Reports on dispensaries and lunatic asylums in the Province of Oudh - 1869-1876
Year: 1869
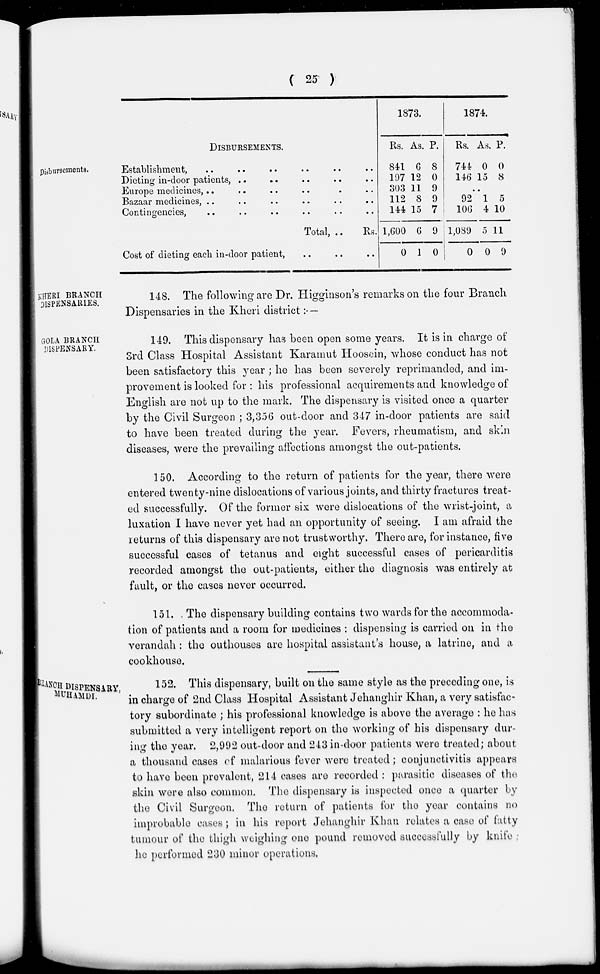
( 25 )
Disbursements.
DISBURSEMENTS.
Establishment, .. .. .. .. .. ..
Dieting in-door patients, .. .. .. .. ..
Europe medicines, .. .. .. .. .. ..
Bazaar medicines, .. .. .. .. .. ..
Contingencies, .. .. .. .. .. ..
Total, ..
Rs.
Cost of dieting each in-door patient, .. .. ..
1873.
Rs.
841
197
303
112
144
1,600
0
As.
6
12
11
8
15
6
1
P.
8
0
9
9
7
9
0
1874.
Rs.
744
146
As.
0
15
P.
0
8
..
92
106
1,089
0
1
4
5
0
0
10
11
9
KHERI BRANCH
DISPENSARIES.
148. The following are Dr. Higginson's remarks on the four Branch
Dispensaries in the Kheri district:—
GOLA BRANCH
DISPENSARY.
149. This dispensary has been open some years. It is in charge of
3rd Class Hospital Assistant Karamut Hoosein, whose conduct has not
been satisfactory this year ; he has been severely reprimanded, and im-
provement is looked for : his professional acquirements and knowledge of
English are not up to the mark. The dispensary is visited once a quarter
by the Civil Surgeon ; 3,356 out-door and 347 in-door patients are said
to have been treated during the year. Fevers, rheumatism, and skin
diseases, were the prevailing affections amongst the out-patients.
150. According to the return of patients for the year, there were
entered twenty-nine dislocations of various joints, and thirty fractures treat-
ed successfully. Of the former six were dislocations of the wrist-joint, a
luxation I have never yet had an opportunity of seeing. I am afraid the
returns of this dispensary are not trustworthy. There are, for instance, five
successful cases of tetanus and eight successful cases of pericarditis
recorded amongst the out-patients, either the diagnosis was entirely at
fault, or the cases never occurred.
151. The dispensary building contains two wards for the accommoda-
tion of patients and a room for medicines : dispensing is carried on in the
verandah : the outhouses are hospital assistant's house, a latrine, and a
cookhouse.
BRANCH DISPENSARY,
MUHAMDI.
152. This dispensary, built on the same style as the preceding one, is
in charge of 2nd Class Hospital Assistant Jehanghir Khan, a very satisfac-
tory subordinate; his professional knowledge is above the average : he has
submitted a very intelligent report on the working of his dispensary dur-
ing the year. 2,992 out-door and 243 in-door patients were treated; about
a thousand cases of malarious fever were treated; conjunctivitis appears
to have been prevalent, 214 cases are recorded : parasitic diseases of the
skin were also common. The dispensary is inspected once a quarter by
the Civil Surgeon. The return of patients for the year contains no
improbable cases; in his report Jehanghir Khan relates a case of fatty
tumour of the thigh weighing one pound removed successfully by knife
he performed 230 minor operations.